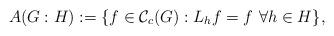
LaTeX: \begin{align*}A(G:H):=\{f\in\mathcal{C}_c(G):L_hf=f\ \forall h\in H\},\end{align*}